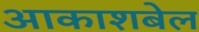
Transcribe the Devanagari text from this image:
आकाशबेल